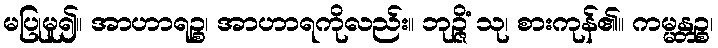
မပြုမူ၍။ အာဟာရဉ္စ၊ အာဟာရကိုလည်း။ ဘုဉ္ဇိံ သု၊ စားကုန်၏။ ကမ္မန္တဉ္စ၊